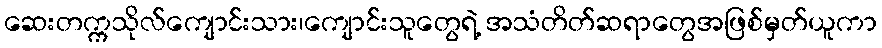
ဆေးတက္ကသိုလ်ကျောင်းသား၊ကျောင်းသူတွေရဲ့ အသံတိတ်ဆရာတွေအဖြစ်မှတ်ယူကာ